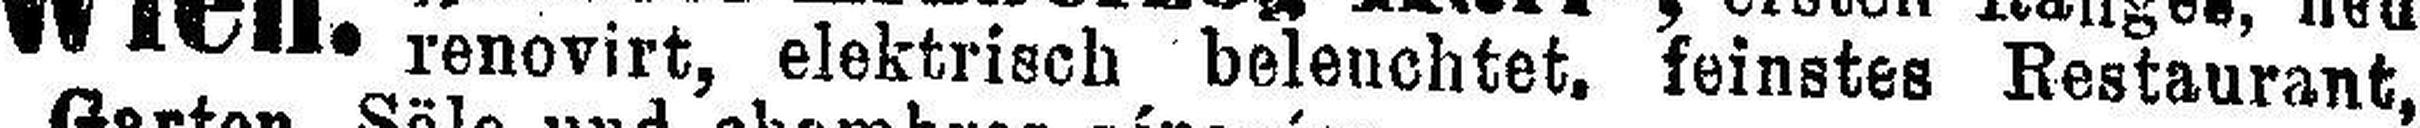
renovirt, elektrisch beleuchtet, feinstes Restaurant,